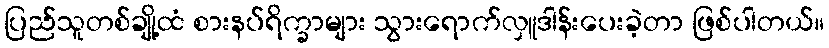
ပြည်သူတစ်ချို့ထံ စားနပ်ရိက္ခာများ သွားရောက်လှူဒါန်းပေးခဲ့တာ ဖြစ်ပါတယ်။